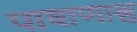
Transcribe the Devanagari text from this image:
पाषाणाश्व